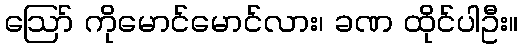
ဪ ကိုမောင်မောင်လား၊ ခဏ ထိုင်ပါဦး။